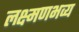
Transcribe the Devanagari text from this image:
लक्ष्मणभव्य